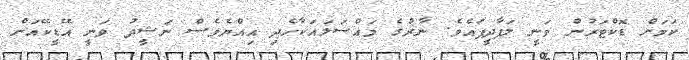
ކަމަށް ޑޮކްޓަރުން ވަނީ ލަފާދީފައެވެ. ނާރުގެ މައްސަލައަކާހެދި އިއްޔެވެސް ނަޝީދު ވަނީ އޭޑީކޭއަށް